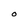
Character: O